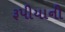
રૂપીયાની